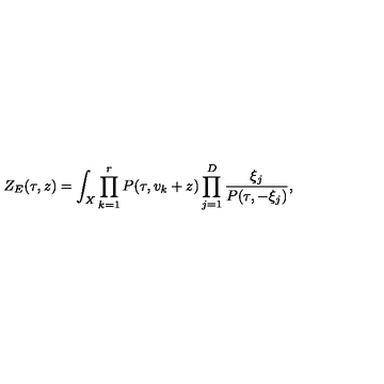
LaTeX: Z _ { E } ( \tau , z ) = \int _ { X } \prod _ { k = 1 } ^ { r } P ( \tau , v _ { k } + z ) \prod _ { j = 1 } ^ { D } \frac { \xi _ { j } } { P ( \tau , - \xi _ { j } ) } ,